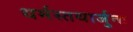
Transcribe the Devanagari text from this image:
धर्मस्तथार्जुनः